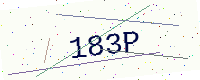
Text: 183P